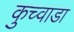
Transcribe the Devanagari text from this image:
कुच्वाडा